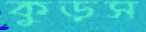
কুড়স